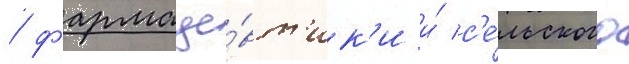
/ фармаце́вт'ик'и и́ с'е́льского